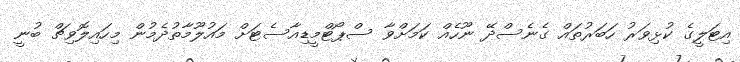
އިޓަލީގެ ކުޅިވަރު ހަބަރުތައް ގެނެސްދޭ ނޫހެއް ކަމަށްވާ ސްޕޯޓްމީޑިއާސެޓަށް މައުލޫމާތުދެމުން މިހައިލޮވިޗް ބުނީ